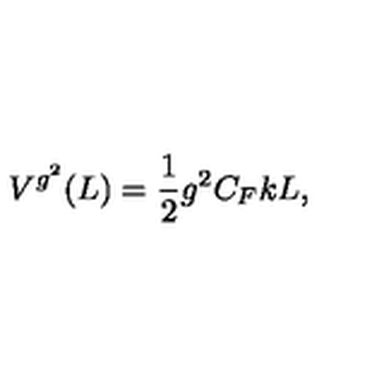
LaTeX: V ^ { g ^ { 2 } } ( L ) = \frac { 1 } { 2 } g ^ { 2 } C _ { F } k L ,